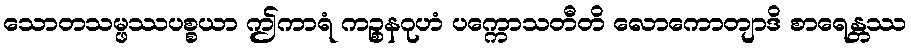
သောတသမ္ဖဿပစ္စယာ ဤကာရံ ကဉ္စနဂုဟံ ပက္ကောသတီတိ လောကောတျာဒိ စာရေန္တဿ